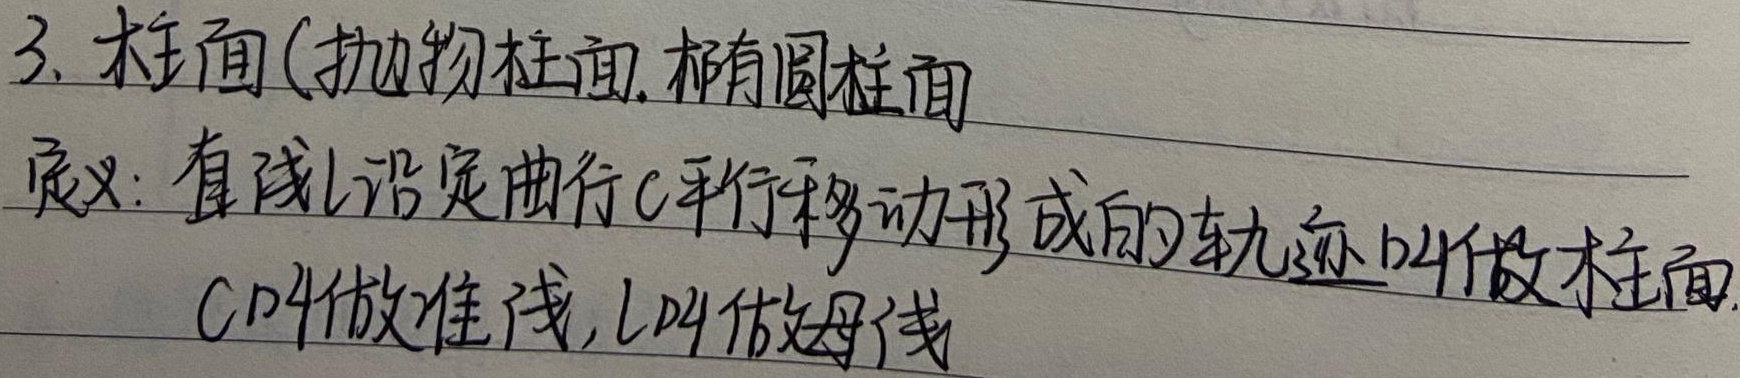
3. 柱面（抛物柱面，椭圆柱面）定义：直线 \(l\) 沿定曲线 \(C\) 平行移动形成的轨迹叫做柱面。\(C\) 叫做准线，\(l\) 叫做母线。